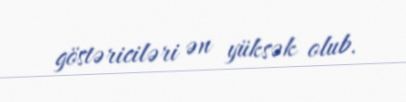
göstəriciləri ən yüksək olub.